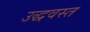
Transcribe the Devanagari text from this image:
उद्धवस्‍त